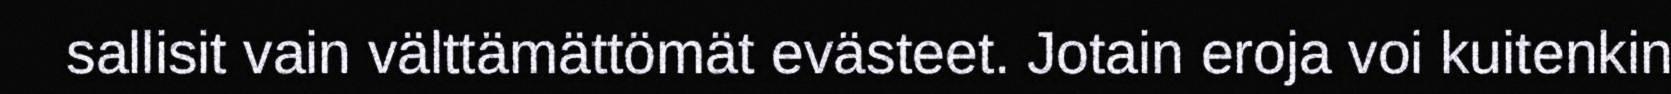
sallisit vain välttämättömät evästeet. Jotain eroja voi kuitenkin